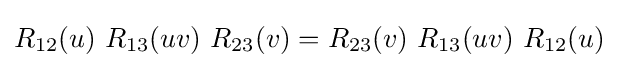
R_{12}(u)\ R_{13}(uv)\ R_{23}(v)=R_{23}(v)\ R_{13}(uv)\ R_{12}(u)